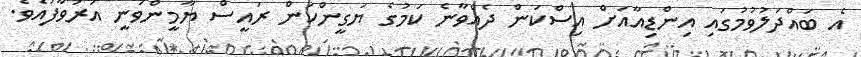
އެ ބައްދަލުވުމުގައި އިންޑިއާއަށް އިސްކަން ދެއްވާނެ ކަމުގެ ޔަގީންކަން ރައީސް ޔާމީންވަނީ އަރުވާފައެވެ.